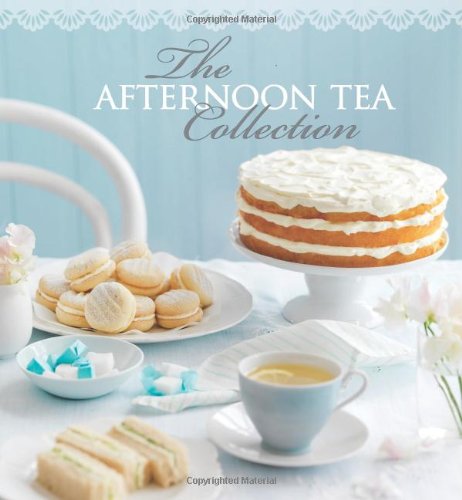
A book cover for The Afternoon Tea Collection; Pamela Clark; Cookbooks, Food & Wine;